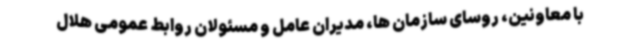
با معاونین، روسای سازمان ها، مدیران عامل و مسئولان روابط عمومی هلال